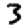
Digit: 3